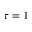
\tau = 1